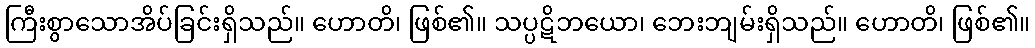
ကြီးစွာသောအိပ်ခြင်းရှိသည်။ ဟောတိ၊ ဖြစ်၏။ သပ္ပဋိဘယော၊ ဘေးဘျမ်းရှိသည်။ ဟောတိ၊ ဖြစ်၏။